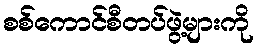
စစ်ကောင်စီတပ်ဖွဲ့များကို